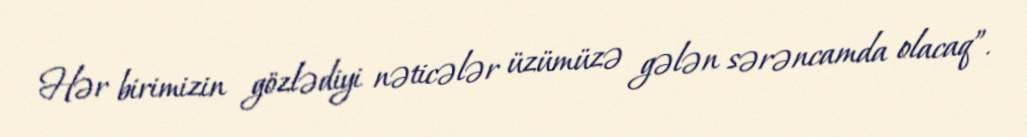
Hər birimizin gözlədiyi nəticələr üzümüzə gələn sərəncamda olacaq”.